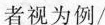
者视为例/